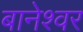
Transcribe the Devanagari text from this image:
बानेश्वर